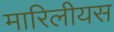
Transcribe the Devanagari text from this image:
मारिलीयस